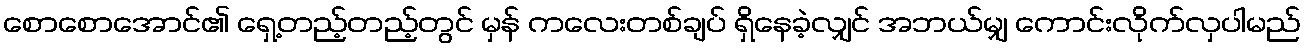
စောစောအောင်၏ ရှေ့တည့်တည့်တွင် မှန် ကလေးတစ်ချပ် ရှိနေခဲ့လျှင် အဘယ်မျှ ကောင်းလိုက်လှပါမည်